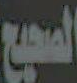
الصحيح